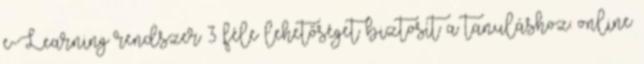
e-Learning rendszer 3 féle lehetőséget biztosít a tanuláshoz: online